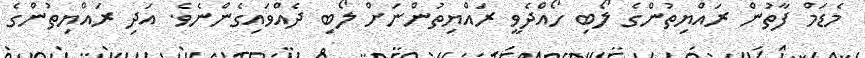
މެޑަމް ފާތުން ރައްޔިތުންގެ ލޯބި ހޯއްދެވީ ރައްޔިތުންނަށް ލޯބި ދެއްވައިގެންނެވެ. އަދި ރައްޔިތުންގެ